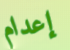
إعدام